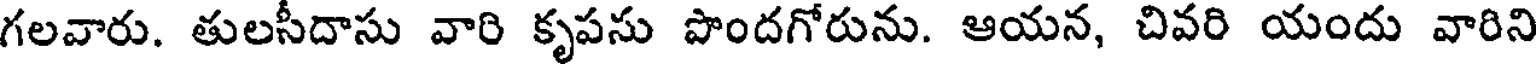
గలవారు. తులసీదాసు వారి కృపసు పొందగోరును. ఆయన, చివరి యందు వారిని